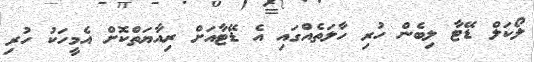
ލޯކަލް ޑޭޓާ ލިބެން ހުރި ހާލަތެއްގައި އެ ޑޭޓާއަށް ރިއާޔަތްކޮށް އެމީހަކު ހުރި